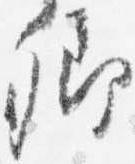
卿